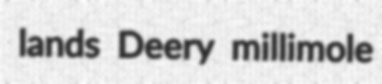
lands Deery millimole